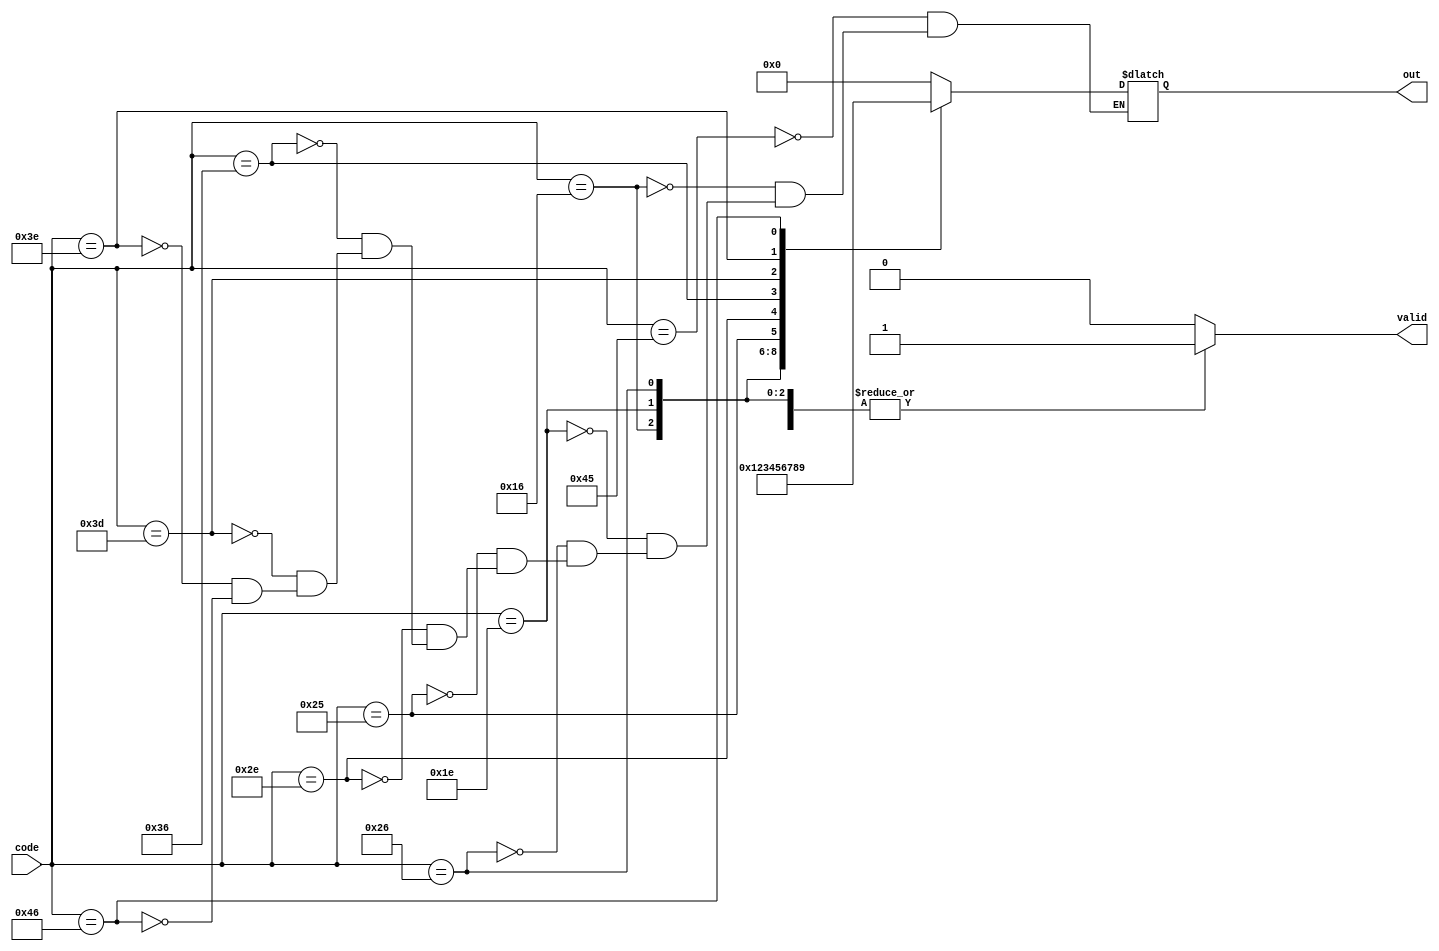
// This program was cloned from: https://github.com/Yvan-xy/verilog-doc
// License: GNU General Public License v2.0

module top_module (
    input [7:0] code,
    output reg [3:0] out,
    output reg valid);//

    always @(*) begin
        case (code)
            8'h45: begin
                out = 0;
                valid = 1;
            end
            8'h16: begin
                out = 1;
                valid = 1;
            end
            8'h1e: begin
                out = 2;
                valid = 1;
            end
            8'h26: begin
                out = 3;
                valid = 1;
            end
            8'h25: begin
                out = 4;
                valid = 1;
            end
            8'h2e: begin
                out = 5;
                valid = 1;
            end
            8'h36: begin
                out = 6;
                valid = 1;
            end
            8'h3d: begin
                out = 7;
                valid = 1;
            end
            8'h3e: begin
                out = 8;
                valid = 1;
            end
            8'h46: begin
                out = 9;
                valid = 1;
            end
            default: valid = 0;
        endcase
    end
endmodule